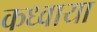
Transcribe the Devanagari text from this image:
कध्वाया